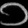
Digit: ၁